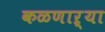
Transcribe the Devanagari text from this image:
कळणाऱ्या